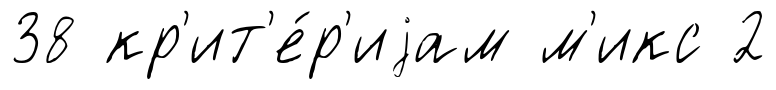
38 кр'ит'е́р'иjам м'икс 2